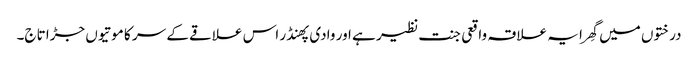
درختوں میں گھِرا یہ علاقہ واقعی جنت نظیر ہے اور وادی پھنڈر اس علاقے کے سر کا موتیوں جڑا تاج۔